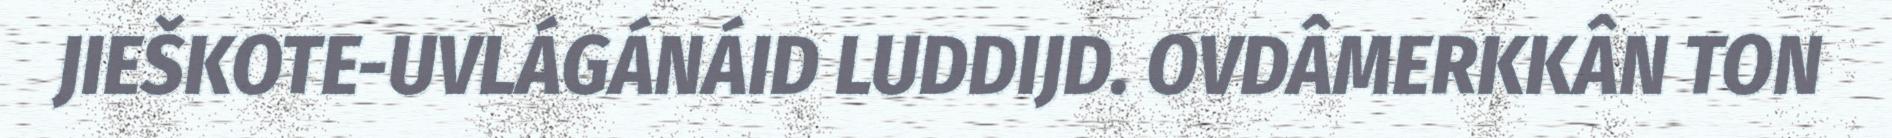
JIEŠKOTE-UVLÁGÁNÁID LUDDIJD. OVDÂMERKKÂN TON